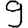
Digit: 9